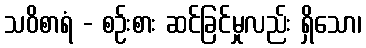
သဝိစာရံ - စဉ်းစား ဆင်ခြင်မှုလည်း ရှိသော၊